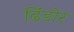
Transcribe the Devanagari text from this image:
ढिंडोर